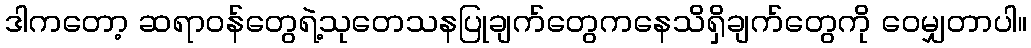
ဒါကတော့ ဆရာဝန်တွေရဲ့သုတေသနပြုချက်တွေကနေသိရှိချက်တွေကို ဝေမျှတာပါ။